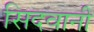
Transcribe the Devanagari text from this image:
सिदवानी